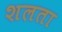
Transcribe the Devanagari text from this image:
शलता